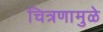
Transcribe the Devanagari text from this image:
चित्रणामुळे